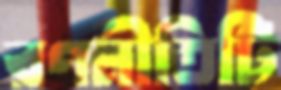
রণনীতিটি